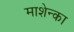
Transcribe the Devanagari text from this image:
माशेन्का